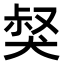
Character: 𤟏